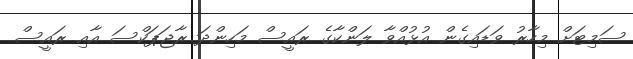
ސަމިޓަށް މިހާރު ވަޑައިގެން އުޅުއްވާ ލަންކާގެ ރައީސް މަހިންދަ ރާޖަޕަކްސަ އާއި ރައީސް